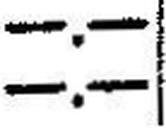
—.—